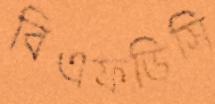
বিএফডিসি